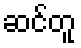
ဆင်တူ